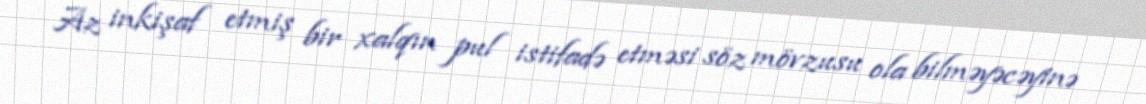
Az inkişaf etmiş bir xalqın pul istifadə etməsi söz mövzusu ola bilməyəcəyinə